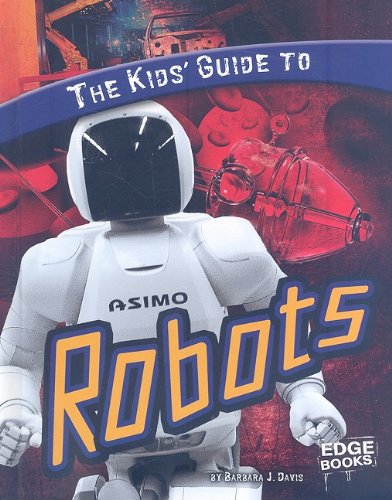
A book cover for The Kids' Guide to Robots (Kids' Guides); Barbara J. Davis; Children's Books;